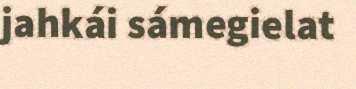
jahkái sámegielat